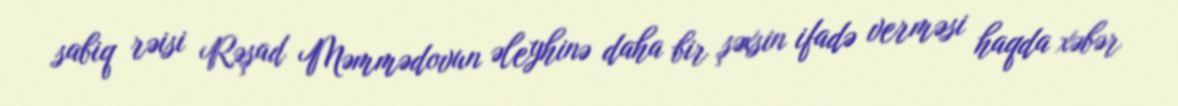
sabiq rəisi Rəşad Məmmədovun əleyhinə daha bir şəxsin ifadə verməsi haqda xəbər